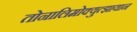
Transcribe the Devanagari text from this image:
तोनालिमोक्युत्झायान